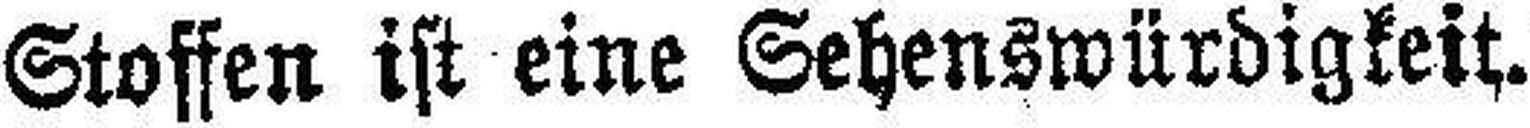
Stoffen ist eine Sehenswürdigkeit.